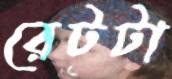
রেটটা